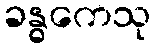
ခန္ဓကေသု